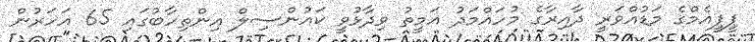
ޕީޕީއެމްގެ މަޑުއްވަރީ ދާއިރާގެ މުހައްމަދު އަމީތު ވިދާޅުވީ ކައުންސިލް އިންތިހާބުގައި 65 އަހަރުން